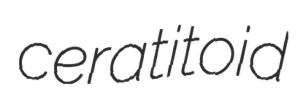
ceratitoid